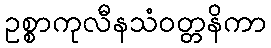
ဥစ္စာကုလီနသံဝတ္တနိကာ